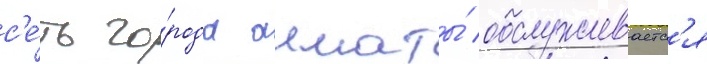
с'е́ть го́рода алматы́ обслуживаетс'я